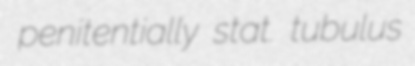
penitentially stat. tubulus